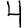
Digit: 4